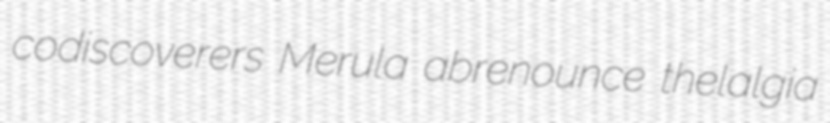
codiscoverers Merula abrenounce thelalgia